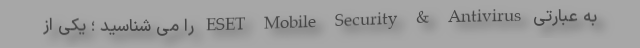
به عبارتی ESET Mobile Security & Antivirus را می شناسید ؛ یکی از